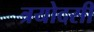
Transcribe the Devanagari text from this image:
त्रयोदसी